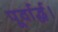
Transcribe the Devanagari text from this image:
पूर्वार्द्ध।